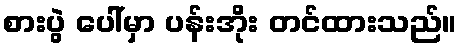
စားပွဲ ပေါ်မှာ ပန်းအိုး တင်ထားသည်။